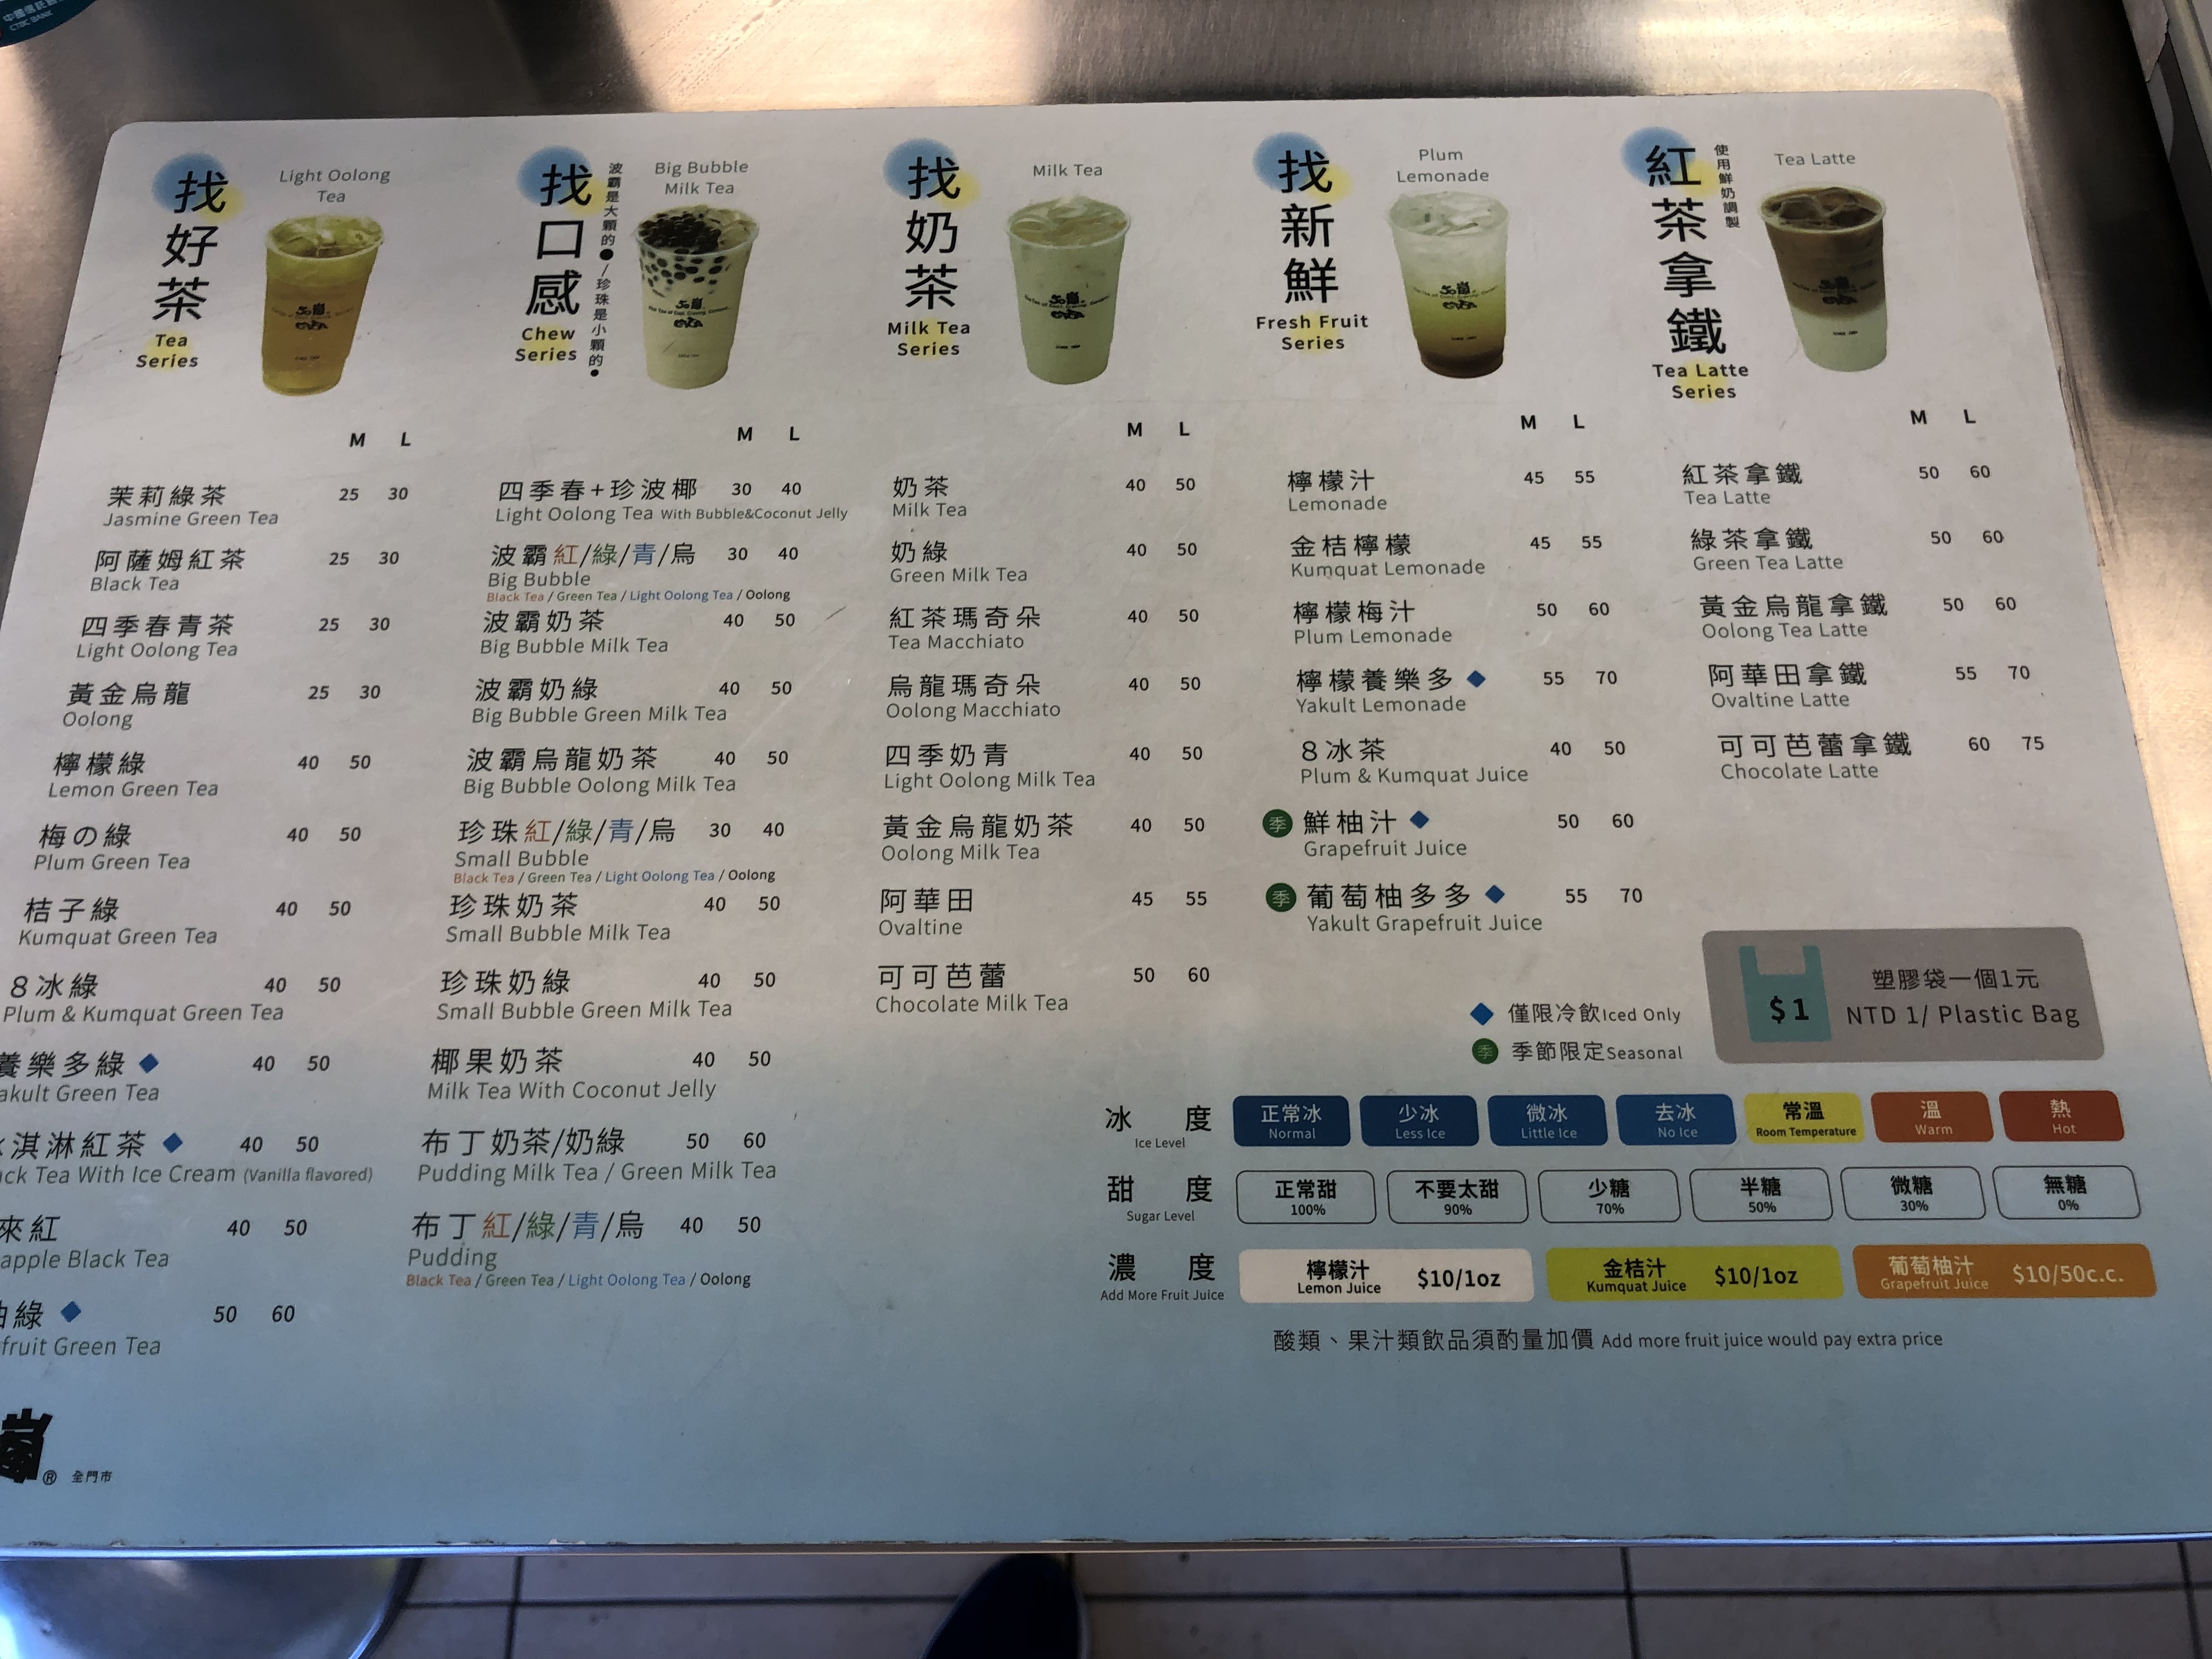
餐廳：Tea Top
菜單：
name: Jasmine Green Tea
price: 25/30
name: Black Tea
price: 25/30
name: Light Oolong Tea
price: 25/30
name: Oolong
price: 25/30
name: Lemon Green Tea
price: 40/50
name: Plum Green Tea
price: 40/50
name: Kumquat Green Tea
price: 40/50
name: Plum & Kumquat Green Tea
price: 40/50
name: Yakult Green Tea
price: 40/50
name: Black Tea With Ice Cream (Vanilla flavored)
price: 40/50
name: Pineapple Black Tea
price: 40/50
name: Grapefruit Green Tea
price: 50/60
name: Light Oolong Tea With Bubble & Coconut Jelly
price: 30/40
name: Big Bubble Milk Tea (Green Tea / Light Oolong Tea / Oolong)
price: 30/40
name: Big Bubble Green Milk Tea
price: 40/50
name: Big Bubble Oolong Milk Tea
price: 40/50
name: Small Bubble Milk Tea (Black Tea / Green Tea / Light Oolong Tea / Oolong)
price: 30/40
name: Small Bubble Milk Tea
price: 40/50
name: Small Bubble Green Milk Tea
price: 40/50
name: Small Bubble Oolong Milk Tea
price: 40/50
name: Milk Tea With Coconut Jelly
price: 40/50
name: Pudding Milk Tea / Green Milk Tea
price: 50/60
name: Pudding (Black Tea / Green Tea / Light Oolong Tea / Oolong)
price: 40/50
name: Milk Tea
price: 40/50
name: Green Milk Tea
price: 40/50
name: Tea Macchiato
price: 40/50
name: Oolong Macchiato
price: 40/50
name: Light Oolong Milk Tea
price: 40/50
name: Oolong Milk Tea
price: 40/50
name: Ovaltine
price: 45/55
name: Chocolate Milk Tea
price: 50/60
name: Lemonade
price: 45/55
name: Kumquat Lemonade
price: 45/55
name: Plum Lemonade
price: 50/60
name: Yakult Lemonade
price: 55/70
name: Plum & Kumquat Juice
price: 40/50
name: Grapefruit Juice
price: 50/60
name: Yakult Grapefruit Juice
price: 55/70
name: Tea Latte
price: 50/60
name: Green Tea Latte
price: 50/60
name: Oolong Tea Latte
price: 50/60
name: Ovaltine Latte
price: 55/70
name: Chocolate Latte
price: 60/75
name: Plastic Bag
price: 1